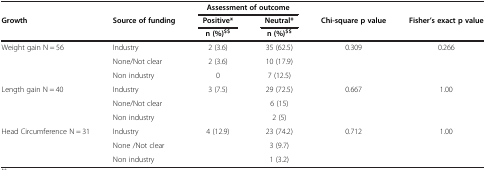
<table><thead><tr><td><b> </b></td><td><b> </b></td><td colspan="2"><b>Assessment of outcome</b></td><td><b> </b></td><td><b> </b></td></tr><tr><td><b>Growth</b></td><td><b>Source of funding</b></td><td><b>Positive*</b></td><td><b>Neutral*</b></td><td><b>Chi-square p value</b></td><td><b>Fisher’s exact p value</b></td></tr><tr><td><b> </b></td><td><b> </b></td><td><b>n (%)<sup>$$</sup></b></td><td><b>n (%)<sup>$$</sup></b></td><td><b> </b></td><td><b> </b></td></tr></thead><tbody><tr><td>Weight gain N = 56</td><td>Industry</td><td>2 (3.6)</td><td>35 (62.5)</td><td>0.309</td><td>0.266</td></tr><tr><td> </td><td>None/Not clear</td><td>2 (3.6)</td><td>10 (17.9)</td><td> </td><td> </td></tr><tr><td> </td><td>Non industry</td><td>0</td><td>7 (12.5)</td><td> </td><td> </td></tr><tr><td>Length gain N = 40</td><td>Industry</td><td>3 (7.5)</td><td>29 (72.5)</td><td>0.667</td><td>1.00</td></tr><tr><td> </td><td>None/Not clear</td><td> </td><td>6 (15)</td><td> </td><td> </td></tr><tr><td> </td><td>Non industry</td><td> </td><td>2 (5)</td><td> </td><td> </td></tr><tr><td>Head Circumference N = 31</td><td>Industry</td><td>4 (12.9)</td><td>23 (74.2)</td><td>0.712</td><td>1.00</td></tr><tr><td> </td><td>None /Not clear</td><td> </td><td>3 (9.7)</td><td> </td><td> </td></tr><tr><td> </td><td>Non industry</td><td> </td><td>1 (3.2)</td><td> </td><td> </td></tr></tbody></table>